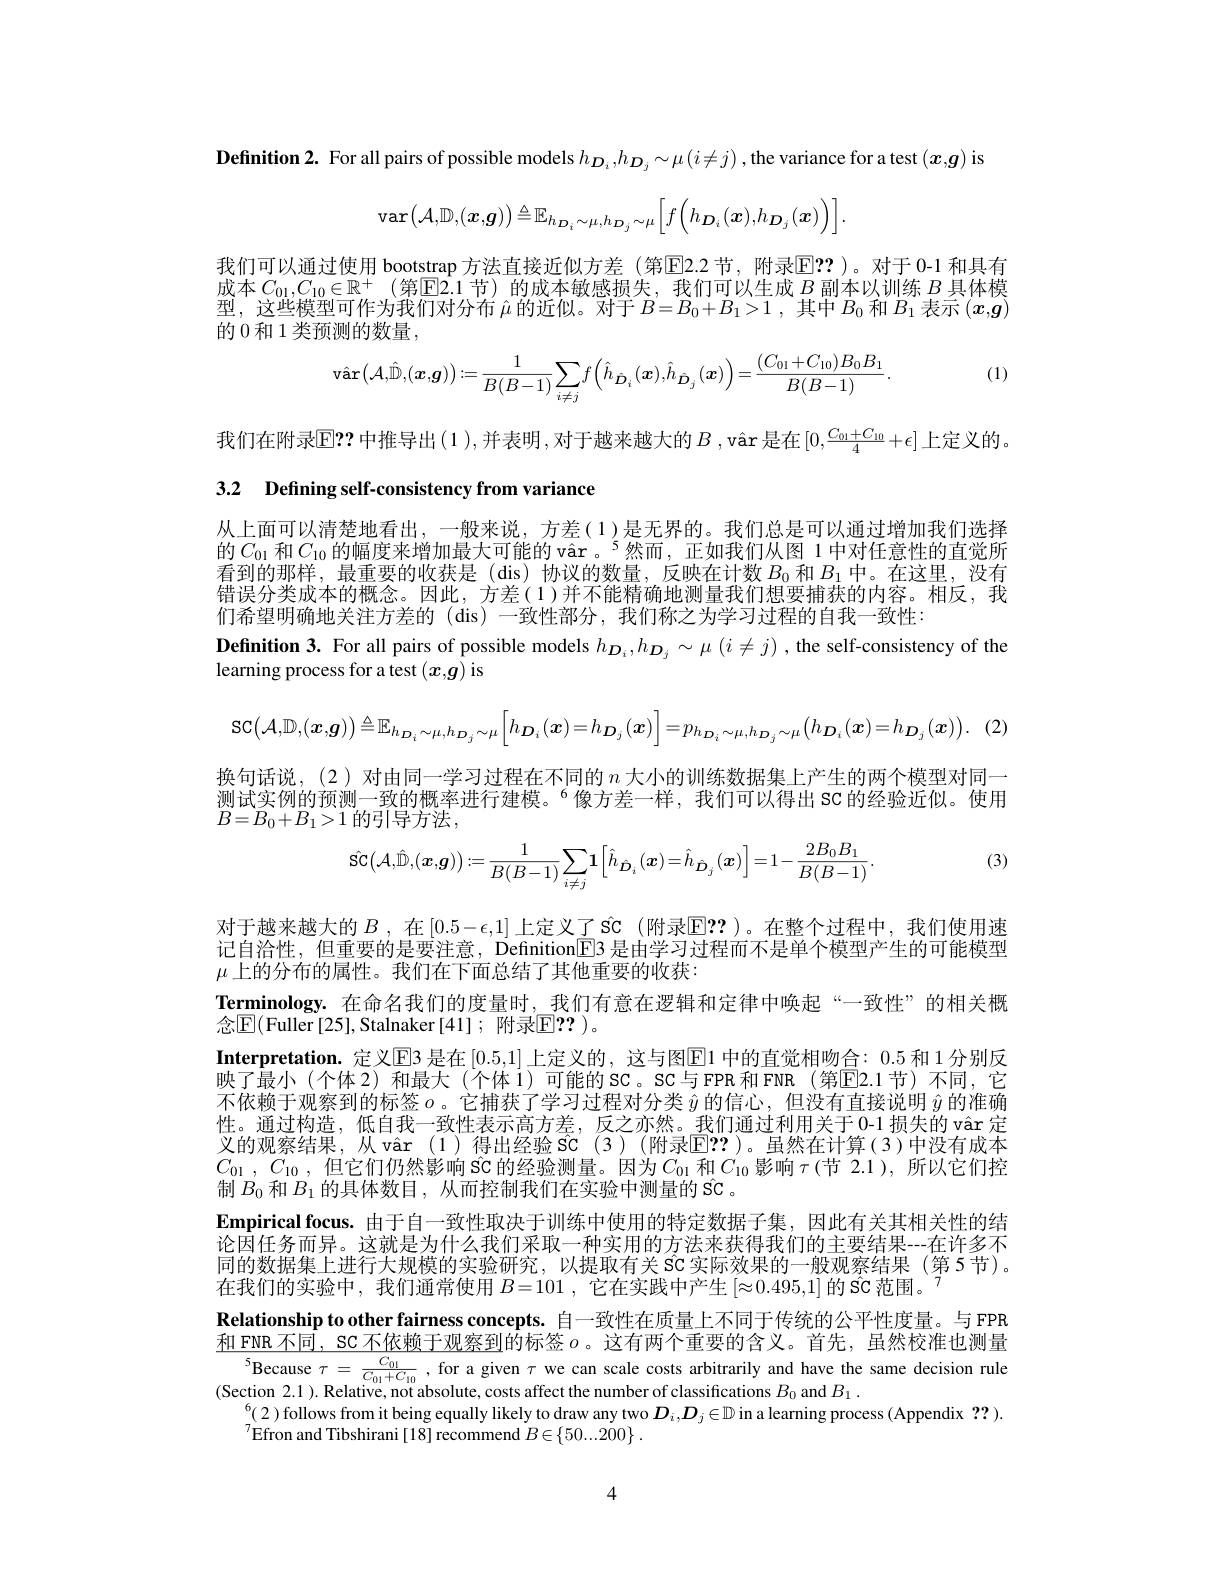
Definition 2. For all pairs of possible models $h_{\boldsymbol{D}_i},h_{\boldsymbol{D}_j}\sim\mu\left(i\neq j\right)$, the variance for a test $\left(x,\boldsymbol{g}\right)$ is
$$\operatorname{var}\big(\mathcal{A},\mathbb{D},(\boldsymbol{x},\boldsymbol{g})\big)\triangleq\mathbb{E}_{h_{D_{i}}\sim\mu,h_{D_{j}}\sim\mu}\Big[f\Big(h_{\boldsymbol{D}_{i}}(\boldsymbol{x}),h_{\boldsymbol{D}_{j}}(\boldsymbol{x})\Big)\Big].$$
我们可以通过使用 bootstrap 方法直接近似方差 (第$\mathbb{E}$2.2 节，附录$\mathbb{E}??$ )。对于 0-1 和具有成本$C_01,C_{10}\in\mathbb{R}^+$(第$\hat{\text{E2.1节)的成本敏感损失，我们可以生成 }B\text{ 副本以训练 }B\text{ 具体模}}$ 型，这些模型可作为我们对分布$\hat{\mu}$的近似。对于$B=B_0+B_1>1$,其中$B_0$和$B_1$表示$(x,\boldsymbol{g})$ 的 0 和 1 类预测的数量，

(1)
$$\hat{\mathbf{var}}\big(\mathcal{A},\hat{\mathbb{D}},(\boldsymbol{x},\boldsymbol{g})\big):=\frac{1}{B(B-1)}\sum_{i\neq j}f\Big(\hat{h}_{\hat{D}_{i}}(\boldsymbol{x}),\hat{h}_{\hat{D}_{j}}(\boldsymbol{x})\Big)=\frac{(C_{01}+C_{10})B_{0}B_{1}}{B(B-1)}.$$
我们在附录$\operatorname{E}??$ 中推导出(1 ),并表明，对于越来越大的$B$ ,vâr 是在$[0,\frac C{01}+C_{10}4+\epsilon]$上定义的

3.2 $\textbf{Defining self- consistency from variance}$

从上面可以清楚地看出，一般来说，方差(1)是无界的。我们总是可以通过增加我们选择的$C_{01}$ 和$C_{10}$ 的幅度来增加最大可能的 vâr。$^{5}$然而，正如我们从图 1 中对任意性的直觉所看到的那样，最重要的收获是(dis)协议的数量，反映在计数$B_{0}$和$B_{1}$中。在这里，没有错误分类成本的概念。因此，方差(1)并不能精确地测量我们想要捕获的内容。相反，我们希望明确地关注方差的 (dis) 一致性部分，我们称之为学习过程的自我一致性：
Definition 3. For all pairs of possible models $h_{\boldsymbol{D}_i},h_{\boldsymbol{D}_j}\sim\mu\left(i\neq j\right)$, the self-consistency of the
learning process for a test $(x,g)$ is
$$\mathrm{SC}\left(\mathcal{A},\mathbb{D},(\boldsymbol{x},\boldsymbol{g})\right)\triangleq\mathbb{E}_{h_{D_{i}}\sim\mu,h_{D_{j}}\sim\mu}\left[h_{D_{i}}(\boldsymbol{x})=h_{D_{j}}(\boldsymbol{x})\right]=p_{h_{D_{i}}\sim\mu,h_{D_{j}}\sim\mu}\left(h_{D_{i}}(\boldsymbol{x})=h_{D_{j}}(\boldsymbol{x})\right).$$
换句话说，(2)对由同一学习过程在不同的$n$大小的训练数据集上产生的两个模型对同一测试实例的预测一致的概率进行建模。$^{6}$像方差一样，我们可以得出 SC 的经验近似。使用$B=B_{0}+B_{1}>1$ 的引导方法，

(3)
$$\hat{\mathsf{SC}}(\mathcal{A},\hat{\mathbb{D}},(\boldsymbol{x},\boldsymbol{g})):=\frac{1}{B(B-1)}\sum_{i\neq j}\mathbf{1}\Big[\hat{h}_{\hat{\boldsymbol{D}}_{i}}(\boldsymbol{x})=\hat{h}_{\hat{\boldsymbol{D}}_{j}}(\boldsymbol{x})\Big]=1-\frac{2B_{0}B_{1}}{B(B-1)}.$$
对于越来越大的$B$ ,在 [0.5-$\epsilon,1]$ 上定义了$\hat{\mathbf{sc}}$ (附录$\mathbb{E}??$ )。在整个过程中，我们使用速记自洽性，但重要的是要注意，Definition[E3 是由学习过程而不是单个模型产生的可能模型$\mu$上的分布的属性。我们在下面总结了其他重要的收获：
Terminology.在命名我们的度量时，我们有意在逻辑和定律中唤起“一致性”的相关概
念$\mathbb{E}($Fuller[25],Stalnaker[41];附录$\mathbb{E}??)$。
Interpretation.定义$\overline{\mathrm{E}}$3 是在 [0.5,1] 上定义的，这与图$\overline{\mathrm{E}}$1 中的直觉相吻合：0.5 和 1 分别反映了最小(个体2)和最大(个体1)可能的SC。SC与FPR 和FNR(第E2.1节)不同，它不依赖于观察到的标签$o$。它捕获了学习过程对分类$\hat{y}$的信心，但没有直接说明$\hat{y}$的准确性。通过构造，低自我一致性表示高方差，反之亦然。我们通过利用关于 0-1 损失的 vâr 定义的观察结果，从 vâr(1)得出经验 SC(3)(附录$\mathbb{E}$!?)。虽然在计算(3)中没有成本$C_{01}$ , $C_{10}$ , 但 它 们 仍 然 影 响 SC 的 经 验 测 量 。因 为 $C_{01}$ 和$C_10$影响 $\tau($节 2.1),所以它们控制$B_0$和$B_1$的具体数目，从而控制我们在实验中测量的 SC 。
Empirical focus. 由于自一致性取决于训练中使用的特定数据子集，因此有关其相关性的结论因任务而异。这就是为什么我们采取一种实用的方法来获得我们的主要结果--在许多不同的数据集上进行大规模的实验研究，以提取有关 SC 实际效果的一般观察结果 (第 5 节)。在我们的实验中，我们通常使用$B= 101$ , 它在实践中产生$[\approx0.495,1]\text{ 的 SC 范围。}^7$
Relationship to other fairness concepts. 自一致性在质量上不同于传统的公平性度量。与 FPR 和 FNR 不同，SC 不依赖于观察到的标签$o$ 。这有两个重要的含义。首先，虽然校准也测量
$^{5}$Because $\tau=\frac{C_{01}}{C_{01}+C_{10}}$, for a given $\tau$ we can scale costs arbitrarily and have the same decision rule
(Section 2.1 ). Relative, not absolute, costs affect the number of classifications $B_0$ and $B_1.$
$^6(2)$follows from it being equally likely to draw any two $D_i,D_j\in\mathbb{D}$ in a learning process (Appendix ??).
$^{7}$Efron and Tibshirani [18] recommend $B\in\{50...200\}.$

4